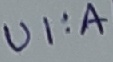
Text: UI:A